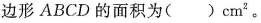
边形 ABCD 的面积为（）cm^{2}。